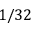
1 / 3 2